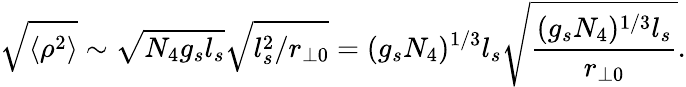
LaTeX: \sqrt{\langle\rho^{2}\rangle}\sim\sqrt{N_{4}g_{s}l_{s}}\sqrt{l_{s}^{2}/r_{\perp 0}}=(g_{s}N_{4})^{1/3}l_{s}\sqrt{\frac{(g_{s}N_{4})^{1/3}l_{s}}{r_{\perp 0}}}.